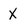
Character: X